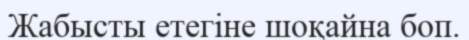
Жабысты етегіне шоқайна боп.